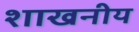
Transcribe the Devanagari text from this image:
शाखनीय